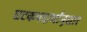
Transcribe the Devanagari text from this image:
घटकपदार्थांनुसार